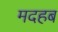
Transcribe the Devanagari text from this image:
मदहब